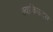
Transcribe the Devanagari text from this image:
क्वाकिउट्ल